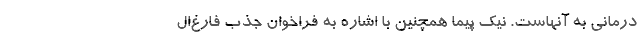
درمانی به آنهاست. نیک پیما همچنین با اشاره به فراخوان جذب فارغ‌ال